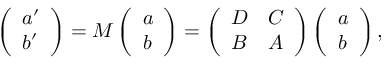
\left( \begin{array} { l } { { a ^ { \prime } } } \\ { { b ^ { \prime } } } \end{array} \right) = M \left( \begin{array} { l } { { a } } \\ { { b } } \end{array} \right) = \left( \begin{array} { l l } { { D } } & { { C } } \\ { { B } } & { { A } } \end{array} \right) \left( \begin{array} { l } { { a } } \\ { { b } } \end{array} \right) ,